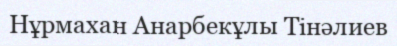
Нұрмахан Анарбекұлы Тінәлиев